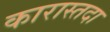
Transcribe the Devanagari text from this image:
कारास्तदा